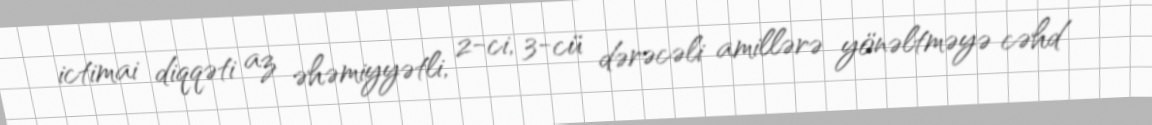
ictimai diqqəti az əhəmiyyətli, 2-ci, 3-cü dərəcəli amillərə yönəltməyə cəhd